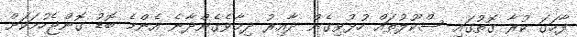
ފާހަގަ ކުރާ ގޮތުގައި ސްކޫލުތައް ހުޅުވިގެން ދާއިރު ދިމާވެގެންދާނެ އެންމެ ބޮޑު ގޮންޖެހުމަކަށް